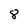
Character: 8